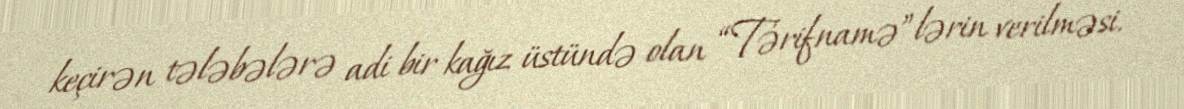
keçirən tələbələrə adi bir kağız üstündə olan “Tərifnamə”lərin verilməsi.